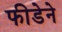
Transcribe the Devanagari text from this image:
फीडेने